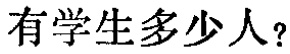
有学生多少人？